Document type: Sale
Year: 1274
Scribe: [Unknown]
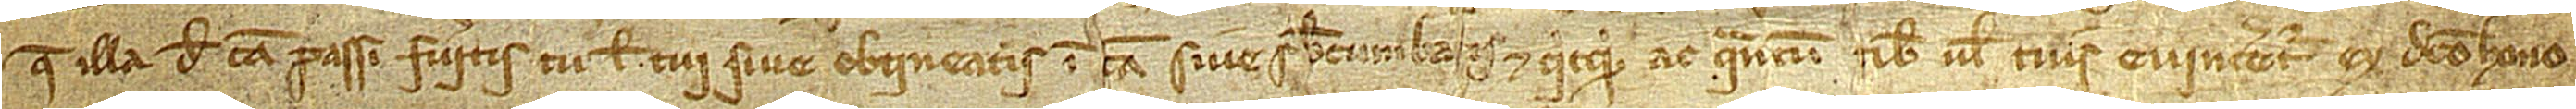
que illa de causa passi fueritis tu vel tui sive obtineatis in causa sive subcumba[t]is, et quicquid ac quantum tibi vel tuis evinceretur ex dicto hono-